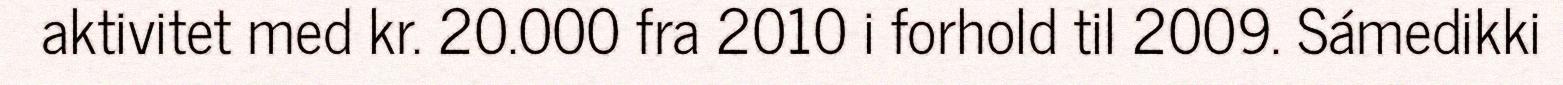
aktivitet med kr. 20.000 fra 2010 i forhold til 2009. Sámedikki